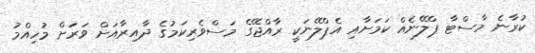
ކުރާނެ މާސްޓާ ޕްލޭނެއް ކަމަށާއި އެޕްލޭނަކީ ރާއްޖޭގެ މަސްވެރިކަމުގެ ދާއިރާއަށް ވަރަށް މުހިއްމު